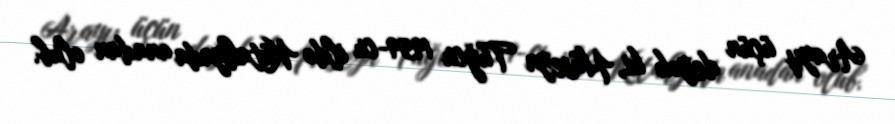
Arayış üçün deyək ki, Hüseyn Tuğcu 1959-cu ildə Kütahyada anadan olub.